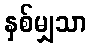
နှစ်မျှသာ